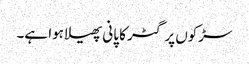
سڑکوں پر گٹر کا پانی پھیلا ہوا ہے۔